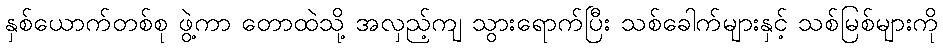
နှစ်ယောက်တစ်စု ဖွဲ့ကာ တောထဲသို့ အလှည့်ကျ သွားရောက်ပြီး သစ်ခေါက်များနှင့် သစ်မြစ်များကို